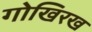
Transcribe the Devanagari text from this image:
गोखिरख